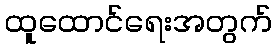
ထူထောင်ရေးအတွက်